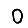
Digit: 0